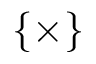
\{ \times \}